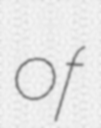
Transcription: of